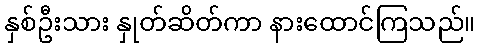
နှစ်ဦးသား နှုတ်ဆိတ်ကာ နားထောင်ကြသည်။